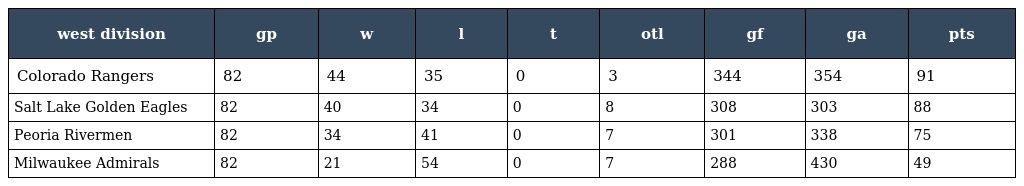
| west division | gp | w | l | t | otl | gf | ga | pts |
 | --- | --- | --- | --- | --- | --- | --- | --- | --- |
 | Colorado Rangers | 82 | 44 | 35 | 0 | 3 | 344 | 354 | 91 |
 | Salt Lake Golden Eagles | 82 | 40 | 34 | 0 | 8 | 308 | 303 | 88 |
 | Peoria Rivermen | 82 | 34 | 41 | 0 | 7 | 301 | 338 | 75 |
 | Milwaukee Admirals | 82 | 21 | 54 | 0 | 7 | 288 | 430 | 49 |